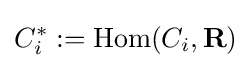
C_{i}^{*}:=\mathrm {Hom} (C_{i},{\bf {R}})